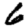
Digit: 6